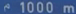
^{\circ}1000\